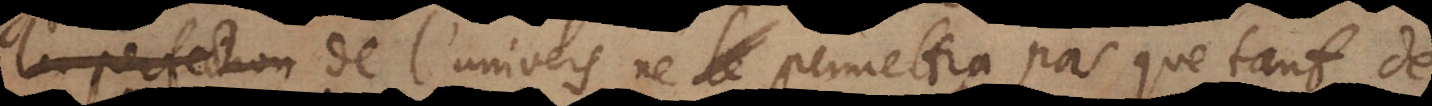
l’ordre de l’univers ne le permettra pas que tant de